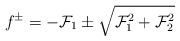
LaTeX: \begin{align*}f^{\pm}=-{\cal F}_{1} \pm \sqrt{{\cal F}_{1}^{2}+{\cal F}_{2}^{2}}\end{align*}